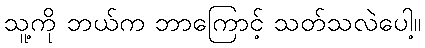
သူ့ကို ဘယ်က ဘာကြောင့် သတ်သလဲပေါ့။